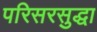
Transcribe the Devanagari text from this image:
परिसरसुद्धा